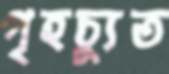
গৃহচ্যুত